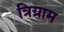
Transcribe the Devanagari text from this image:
त्रिग्राम